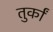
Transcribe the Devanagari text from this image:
तुर्कां